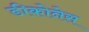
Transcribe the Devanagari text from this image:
डीकोनेस